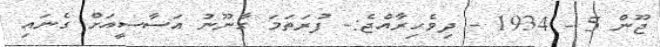
ޖޫން 5 - 1934 - ދިވެހިރާއްޖެ:- ފުރަތަމަ ގާނޫނު އަސާސީއަށް ގެނައި